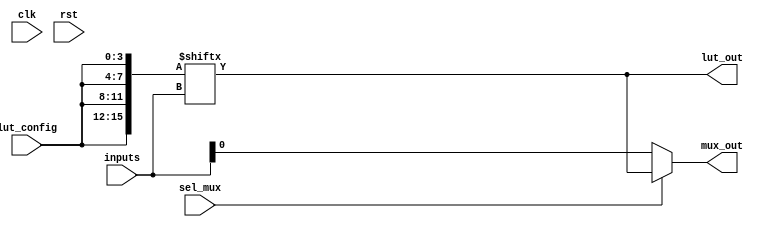
module CLB (
    input wire [3:0] inputs,        // 4-bit input signals
    input wire [3:0] lut_config,    // 4-bit configuration for LUT
    input wire sel_mux,             // Select signal for MUX
    input wire clk,                 // Clock signal for flip-flop
    input wire rst,                 // Reset signal
    output wire lut_out,            // Output from LUT
    output wire mux_out             // Output from MUX
);

// Lookup Table (LUT) implementation
reg [15:0] lut; // 16 possible combinations for 4 inputs
always @(*) begin
    // Configure LUT based on lut_config input
    lut = {lut_config[3], lut_config[2], lut_config[1], lut_config[0], 
           lut_config[3], lut_config[2], lut_config[1], lut_config[0],
           lut_config[3], lut_config[2], lut_config[1], lut_config[0],
           lut_config[3], lut_config[2], lut_config[1], lut_config[0]};
    lut_out = lut[inputs]; // Output based on current inputs
end

// Multiplexer implementation
assign mux_out = sel_mux ? lut_out : inputs[0]; // Simple MUX: select between LUT output and first input

endmodule